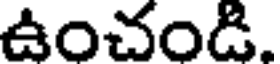
ఉంచండి.